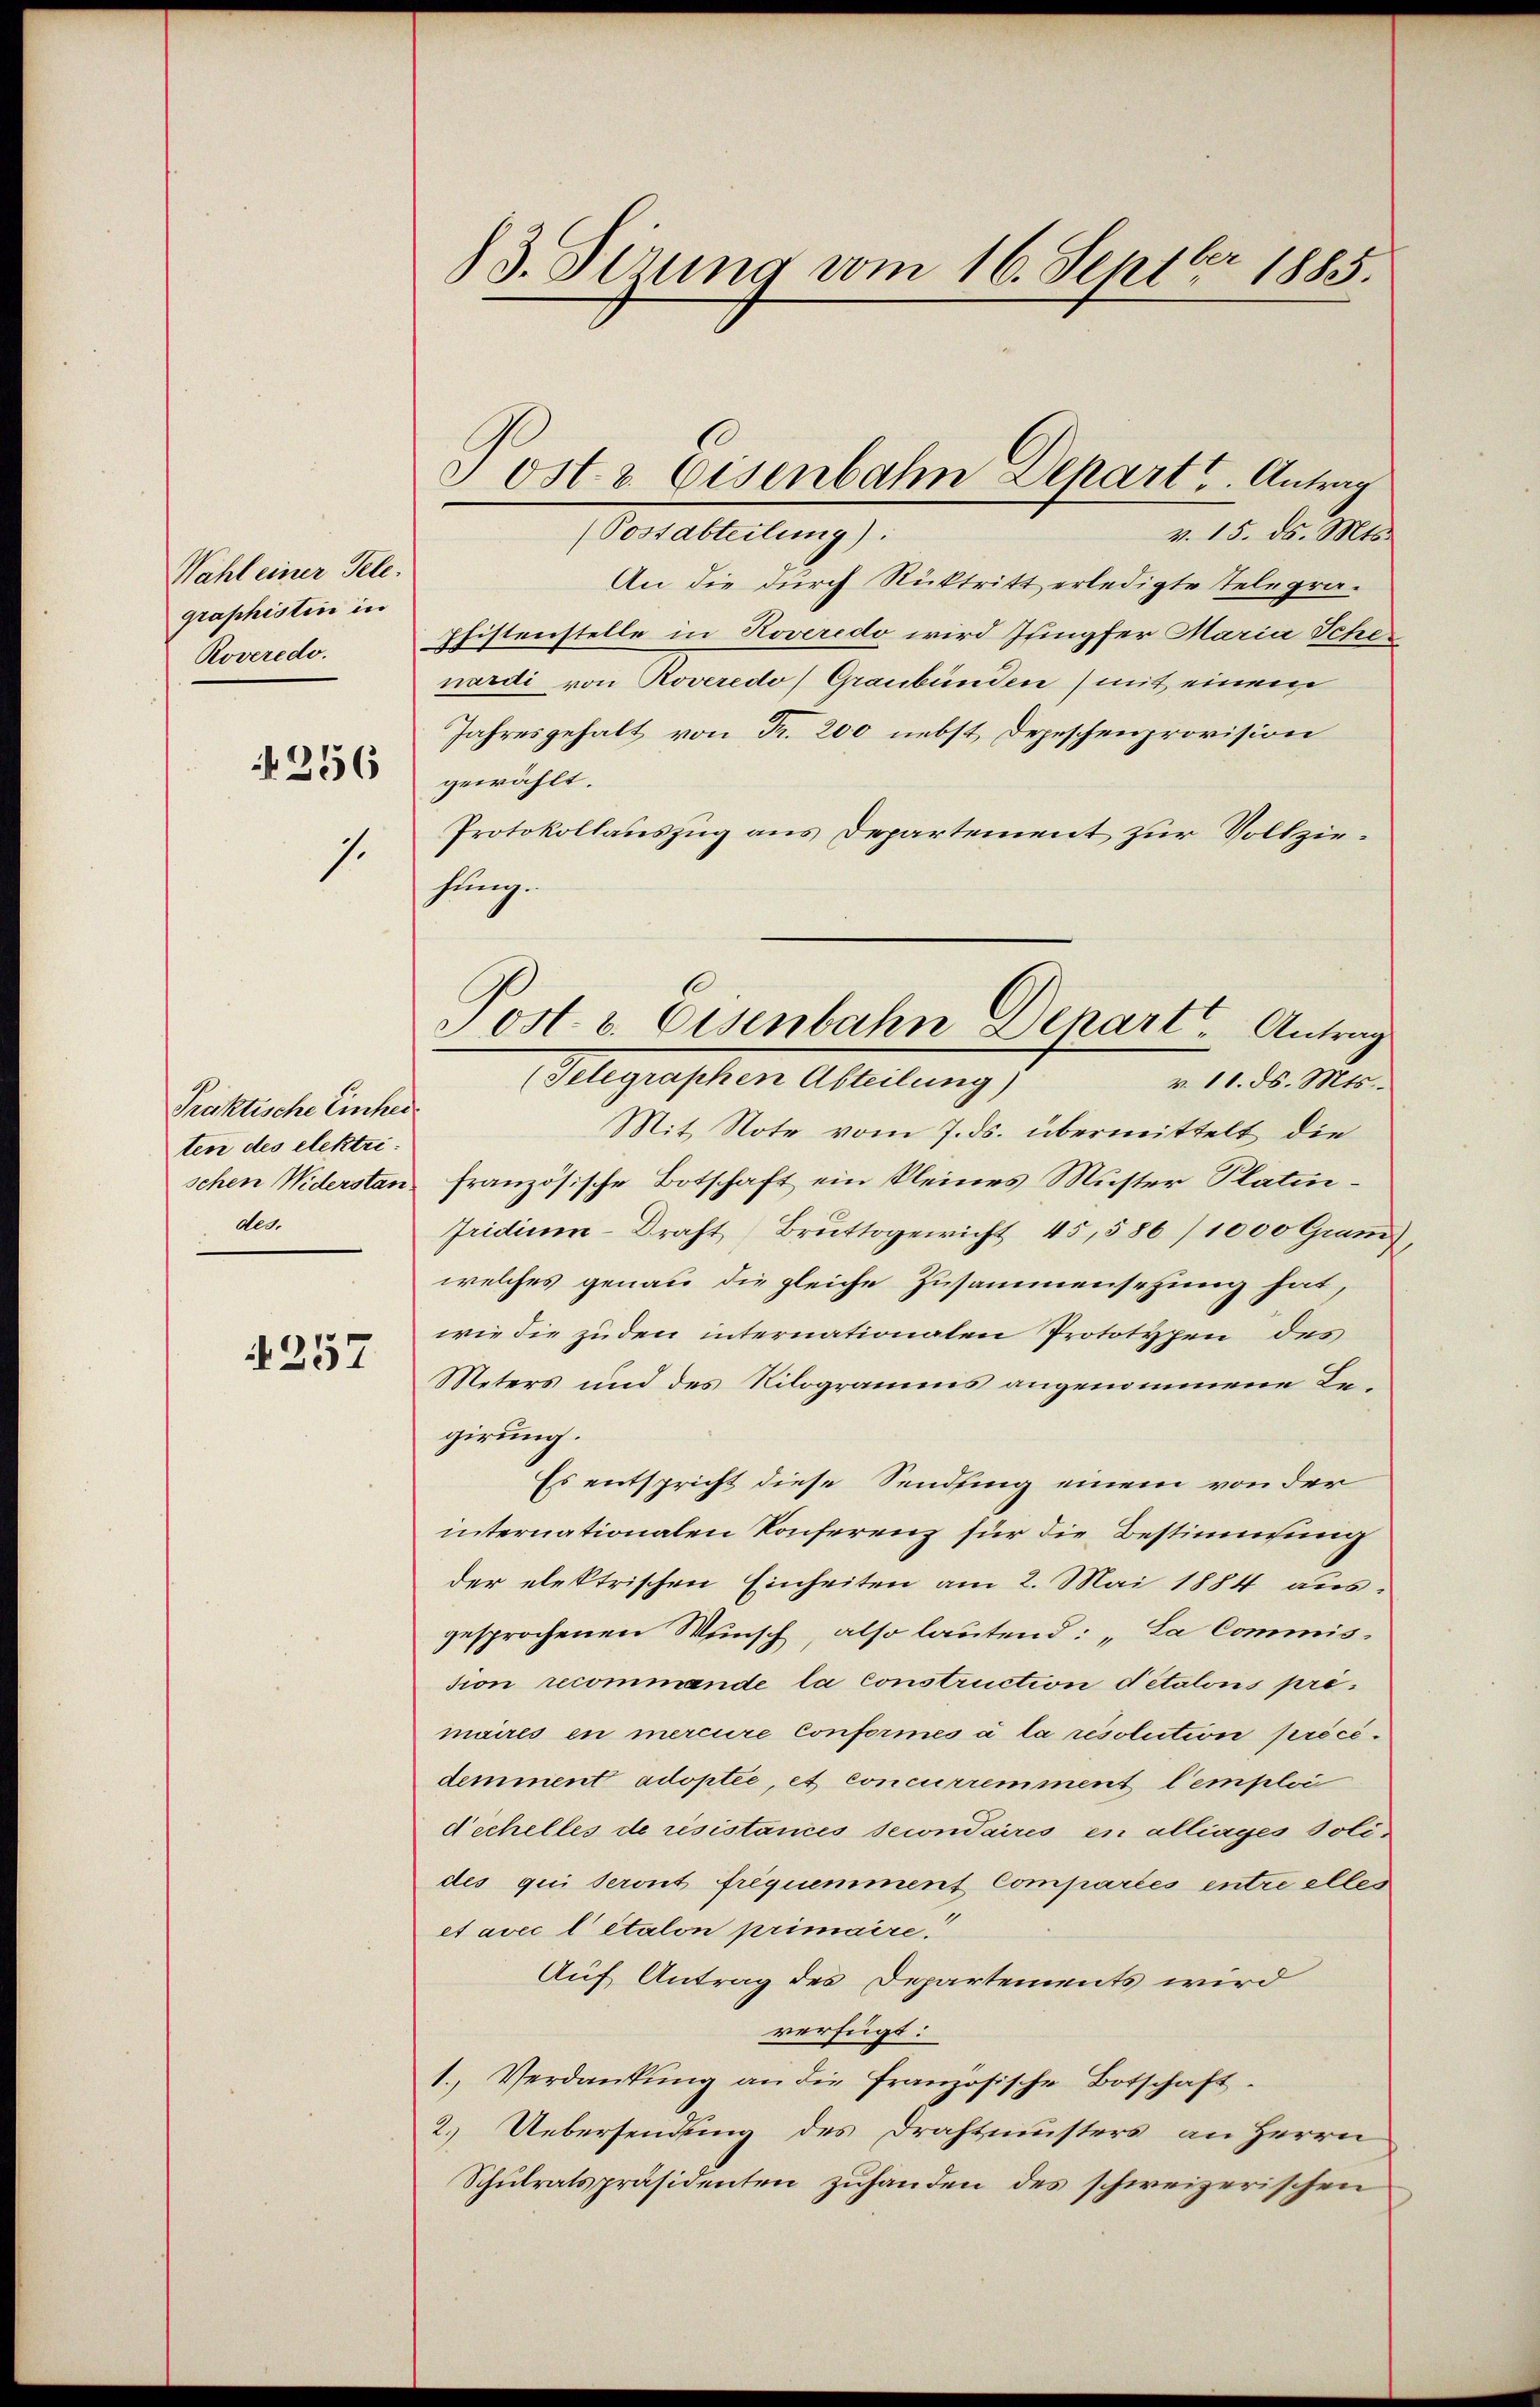
Wahl einer Telegraphistin in
Roveredo.

356

.

Praktische Einhei
ten des elektrides.

257

3. Sitzung vom 16. Septbr 1885.

(Postabteilung):
v. 15. ds. Mts.
An die durch Rücktritt erledigte Telegra¬
Pfistenstelle in Noveredo wird Jungfer Maria Sche
nardi von Roveredo) Graubünden) mit einem
Jahresgehalt von Fr. 200 nebst Depeschenprovision
gewählt.
Protokollauszug aus Departement zur Vollziehung.
Mit Note vom 7. ds. übermittelt die
schen Widerstan französische Botschaft ein kleines Muster Platinfridium-Draht, Bruttogericht 45,586/1000 Gram
welches genau die gleiche Zusammensetzung hat,
wie die zuden internationalen Prototypen des
Meters und des Nilogramms angenommene Regirung.
Es entspricht diese Sendung einem von der
internationalen Konferenz für die Bestimmung
der elektrischen Einheiten am 2. Mai 1884 aus-
gesprochenen Wunsch, also lautend: „La Commission recommende la construction detalons primaires en mercure Conformes à la résolution précédemment adoptée, et concurremment l’emploi
d’échelles de résistances secondaires en alliages Polides qui seront frequemment Compartes entre alles
et avec l’étalon primaire.
Auf Antrag des Departements wird
verfügt:
1. Verdankung an die französische Botschaft.
2.) Uebersendung des Drahtmusters an Herrn
Schulratspräsidenten zuhanden des schweizerischen

ost & Eisenbahn Depart. Antrag

Post. v. Eisenbahn Denart Antrag
Alegraphen Abteilung
v. 11. ds. Mts.